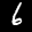
Label: 6